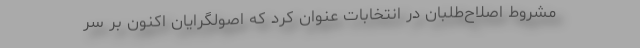
مشروط اصلاح‌طلبان در انتخابات عنوان کرد که اصولگرایان اکنون بر سر